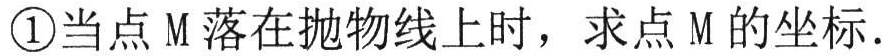
\textcircled{1}当点 M 落在抛物线上时，求点 M 的坐标.